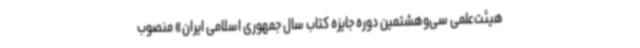
هیئت‌علمی سی‌وهشتمین دوره جایزه کتاب سال جمهوری اسلامی ایران» منصوب